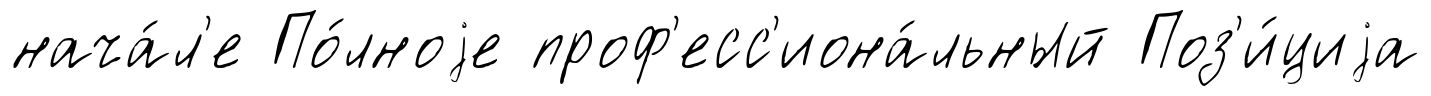
нача́л'е По́лноjе проф'есс'иона́льный Поз'и́циjа